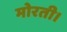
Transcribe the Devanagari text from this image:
मोरती।